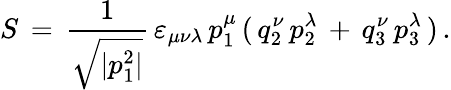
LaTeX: S\, =\, \frac{1}{\sqrt{|p_{1}^{2}|}}\, \varepsilon_{\mu\nu\lambda}\, p_{1}^{\mu}\, (\, q_{2}^{\nu}\, p_{2}^{\lambda}\, +\, q_{3}^{\nu}\, p_{3}^{\lambda}\, )\, {.}